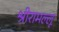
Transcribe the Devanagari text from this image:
श्रीरामल्लू